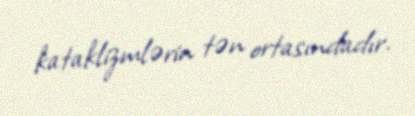
kataklizmlərin tən ortasındadır.